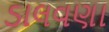
ડાલવણા